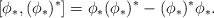
\begin{align*}[\phi_*,(\phi_*)^*] = \phi_*(\phi_*)^* - (\phi_*)^*\phi_*.\end{align*}